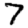
Digit: 7